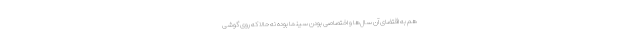
هم به اقتضای آن سال‌ها و اختصاصی بودن سینما بوده نه حالا که روی گوشی